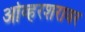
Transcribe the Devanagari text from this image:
ओव्हरशरावर